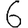
Digit: 6